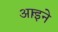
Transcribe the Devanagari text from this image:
आर्इने